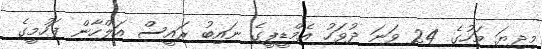
މިދިޔަ މަހުގެ 24 ވަނަ ދުވަހު އެމްޑީޕީގެ ނައިބު ރައީސް އަލްހާން ފަހުމީގެ